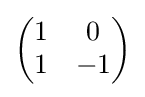
{\begin{pmatrix}1&0\\1&-1\end{pmatrix}}